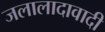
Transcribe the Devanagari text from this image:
जलालादावादी